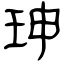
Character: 珅